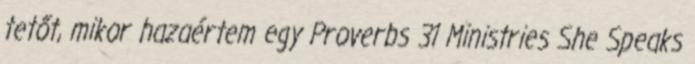
tetőt, mikor hazaértem egy Proverbs 31 Ministries She Speaks